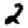
Digit: 2